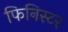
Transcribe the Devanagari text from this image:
फिनिस्टर